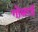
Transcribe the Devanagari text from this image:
गोसरई